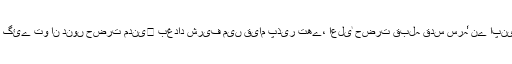
۱۳۲۳ھ/ ۱۹۰۶ء میں جب اعلیٰ حضرت امام احمد رضا خاں بریلوی قدس سرہٗ دوسرے حج پر تشریف لے گئے تو ان دنوں حضرت مدنی﷫ بغداد شریف میں قیام پذیر تھے، اعلیٰ حضرت قبلہ قدس سرہٗ نے اپنی کتاب ’’حسام الحرمین‘‘ علما کی تقاریظ کے لیے حضرت مدنی﷫ کو بغداد شریف بھیجی تھی۔